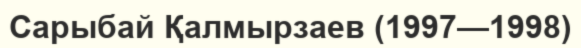
Сарыбай Қалмырзаев (1997—1998)